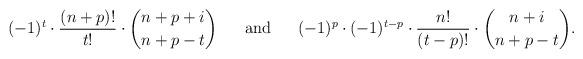
LaTeX: \begin{align*}(-1)^{t}\cdot \frac{(n+p)!}{t!}\cdot \binom{n+p+i}{n+p-t}~~~~~\mbox{and}~~~~~(-1)^{p}\cdot (-1)^{t-p}\cdot \frac{n!}{(t-p)!}\cdot \binom{n+i}{n+p-t}.\end{align*}